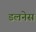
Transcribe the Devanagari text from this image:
डलनेस